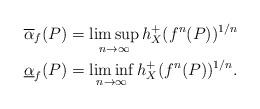
LaTeX: \begin{align*} &\overline{\alpha}_{f}(P)=\limsup_{n\to \infty}h_{X}^{+}(f^{n}(P))^{1/n}\\ &\underline{\alpha}_{f}(P)=\liminf_{n\to \infty}h_{X}^{+}(f^{n}(P))^{1/n}. \end{align*}